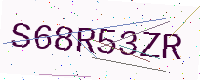
Text: S68R53ZR